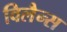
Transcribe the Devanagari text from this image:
विलैन्स